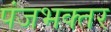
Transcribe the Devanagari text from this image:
पंजभक्तर